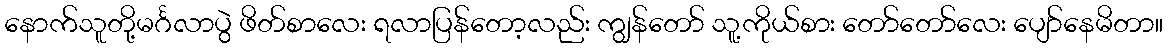
နောက်သူတို့မင်္ဂလာပွဲ ဖိတ်စာလေး ရလာပြန်တော့လည်း ကျွန်တော် သူ့ကိုယ်စား တော်တော်လေး ပျော်နေမိတာ။